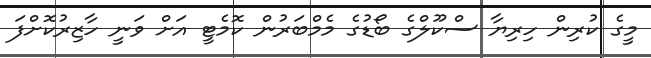
މީގެ ކުރިން ހިރިޔާ ސްކޫލްގެ ބޯޑުގެ މެމްބަރުން ކޮމެޓީ އަށް ވަނީ ހާޒިރުކޮށްފަ